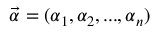
\vec { \alpha } = { ( \alpha _ { 1 } , \alpha _ { 2 } , . . . , \alpha _ { n } ) }